Annual administration and progress report of the Indian Medical Department, Bombay
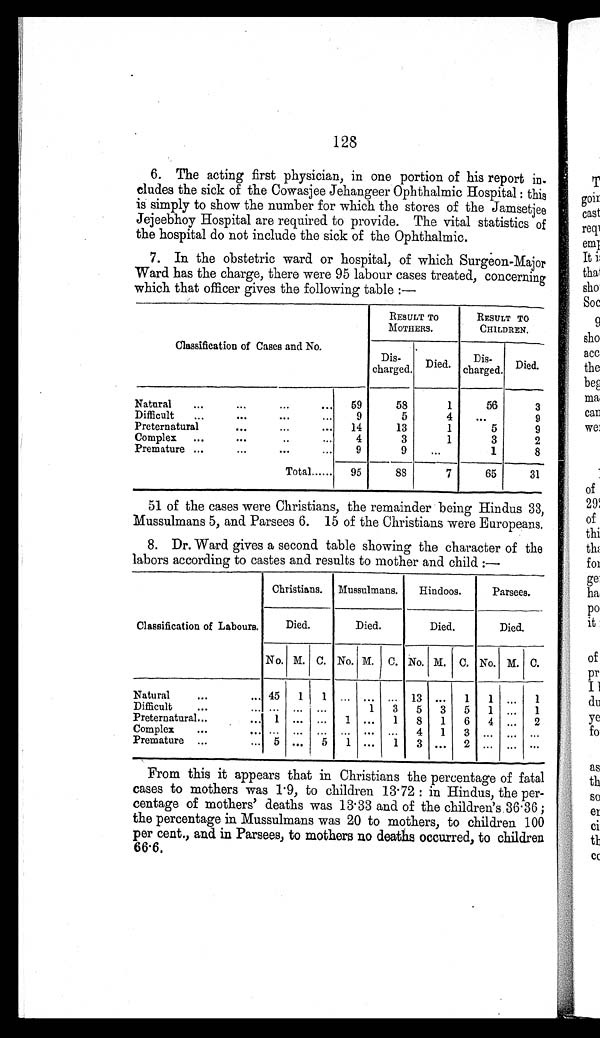
128
6. The acting first physician, in one portion of his report in
- c l u d e s t h e s i c k o f t h e C o w a s j e e J e h a n g e e r O p h t h a l m i c H o s p i t a l : t h i s
is simply to show the number for which the stores of the Jamsetjee
Jejeebhoy Hospital are required to provide. The vital statistics of
the hospital do not include the sick of the Ophthalmic.
7. In the obstetric ward or hospital, of which Surgeon-Major
Ward has the charge, there were 95 labour cases treated, concerning
which that officer gives the following table:—
Classification of Cases and No.
RESULT TO
MOTHERS.
RESULT TO
CHILDREN.
charged. Died. Dis-
charged. Died.
Natural . . .
59
58
1
56
3
Difficult . . . 9
5
4
. . .
9
Preternatural . . . 14
13
1
5
9
Complex . . .
4
3
1
3
2
Premature . . . 9
9
. . .
1
8
Total . . . 95
88
7
65
31
51 of the cases were Christians, the remainder being Hindus 33,
Mussulmans 5, and Parsees 6. 15 of the Christians were Europeans.
8. Dr. Ward gives a second table showing the character of the
labors according to castes and results to mother and child:—
Classification of Labours.
Christians. Mussulmans. Hindoos.
Parsees.
Died.
Died.
Died.
Died.
No. M. C. No. M. C. No. M. C. No. M. C.
Natural . . . 45 1 1
. . . . . . . . . 13 . . . 1 1
. . . 1
Difficult . . . . . . . . .
. . .
1 3 5 3 5 1
. . . 1
Preternatural . . . 1 . . . . . . 1 . . . 1 8 1 6 4
. . . 2
Complex . . . . . . . . . . . . . . . . . . . . . 4 1 3
. . . . . . . . .
Premature . . . 5 . . . 5 1 . . . 1 3 . . . 2 . . . . . . . . .
From this it appears that in Christians the percentage of fatal
cases to mothers was 1.9, to children 13.72: in Hindus, the per
- c e n t a g e o f m o t h e r s ' d e a t h s w a s 1 3 . 3 3 a n d o f t h e c h i l d r e n ' s 3 6 . 3 6 ;
the percentage in Mussulmans was 20 to mothers, to children 100
per cent., and in Parsees, to mothers no deaths occurred, to children
66.6.